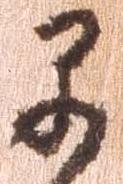
早